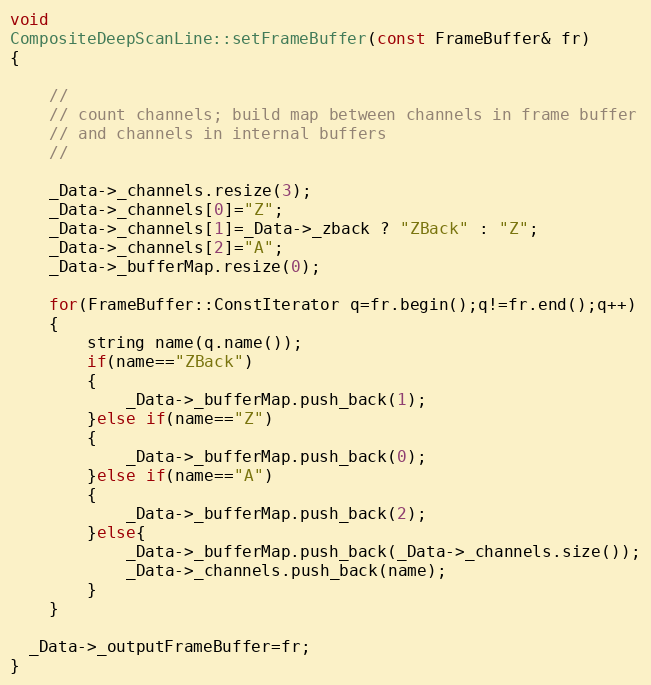
Language: C++
void
CompositeDeepScanLine::setFrameBuffer(const FrameBuffer& fr)
{

    //
    // count channels; build map between channels in frame buffer
    // and channels in internal buffers
    //

    _Data->_channels.resize(3);
    _Data->_channels[0]="Z";
    _Data->_channels[1]=_Data->_zback ? "ZBack" : "Z";
    _Data->_channels[2]="A";
    _Data->_bufferMap.resize(0);

    for(FrameBuffer::ConstIterator q=fr.begin();q!=fr.end();q++)
    {
        string name(q.name());
        if(name=="ZBack")
        {
            _Data->_bufferMap.push_back(1);
        }else if(name=="Z")
        {
            _Data->_bufferMap.push_back(0);
        }else if(name=="A")
        {
            _Data->_bufferMap.push_back(2);
        }else{
            _Data->_bufferMap.push_back(_Data->_channels.size());
            _Data->_channels.push_back(name);
        }
    }

  _Data->_outputFrameBuffer=fr;
}